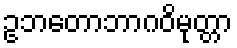
ဥဘတောဘာဂဝိမုတ္တာ